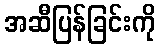
အဆီပြန်ခြင်းကို